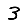
Digit: 3